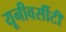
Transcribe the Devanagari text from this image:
यूनीवर्सीटी